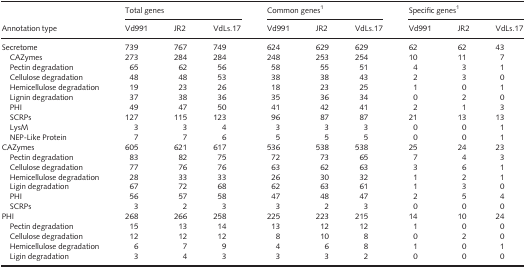
<table><thead><tr><td rowspan="2"><b>Annotation type</b></td><td colspan="3"><b>Total genes</b></td><td colspan="3"><b>Common genesa</b></td><td colspan="3"><b>Specific genesa</b></td></tr><tr><td><b>Vd991</b></td><td><b>JR2</b></td><td><b>VdLs.17</b></td><td><b>Vd991</b></td><td><b>JR2</b></td><td><b>VdLs.17</b></td><td><b>Vd991</b></td><td><b>JR2</b></td><td><b>VdLs.17</b></td></tr></thead><tbody><tr><td>Secretome</td><td>739</td><td>767</td><td>749</td><td>624</td><td>629</td><td>629</td><td>62</td><td>62</td><td>43</td></tr><tr><td>CAZymes</td><td>273</td><td>284</td><td>284</td><td>248</td><td>253</td><td>254</td><td>10</td><td>11</td><td>7</td></tr><tr><td>Pectin degradation</td><td>65</td><td>62</td><td>56</td><td>58</td><td>55</td><td>51</td><td>4</td><td>3</td><td>1</td></tr><tr><td>Cellulose degradation</td><td>48</td><td>48</td><td>53</td><td>38</td><td>38</td><td>43</td><td>2</td><td>3</td><td>0</td></tr><tr><td>Hemicellulose degradation</td><td>19</td><td>23</td><td>26</td><td>18</td><td>23</td><td>25</td><td>1</td><td>0</td><td>1</td></tr><tr><td>Lignin degradation</td><td>37</td><td>38</td><td>36</td><td>35</td><td>36</td><td>34</td><td>0</td><td>2</td><td>0</td></tr><tr><td>PHI</td><td>49</td><td>47</td><td>50</td><td>41</td><td>42</td><td>41</td><td>2</td><td>1</td><td>3</td></tr><tr><td>SCRPs</td><td>127</td><td>115</td><td>123</td><td>96</td><td>87</td><td>87</td><td>21</td><td>13</td><td>13</td></tr><tr><td>LysM</td><td>3</td><td>3</td><td>4</td><td>3</td><td>3</td><td>3</td><td>0</td><td>0</td><td>1</td></tr><tr><td>NEP‐Like Protein</td><td>7</td><td>7</td><td>6</td><td>5</td><td>5</td><td>5</td><td>0</td><td>0</td><td>1</td></tr><tr><td>CAZymes</td><td>605</td><td>621</td><td>617</td><td>536</td><td>538</td><td>538</td><td>25</td><td>24</td><td>23</td></tr><tr><td>Pectin degradation</td><td>83</td><td>82</td><td>75</td><td>72</td><td>73</td><td>65</td><td>7</td><td>4</td><td>3</td></tr><tr><td>Cellulose degradation</td><td>77</td><td>76</td><td>76</td><td>63</td><td>62</td><td>63</td><td>3</td><td>6</td><td>1</td></tr><tr><td>Hemicellulose degradation</td><td>28</td><td>33</td><td>33</td><td>26</td><td>30</td><td>32</td><td>1</td><td>2</td><td>1</td></tr><tr><td>Ligin degradation</td><td>67</td><td>72</td><td>68</td><td>62</td><td>63</td><td>61</td><td>1</td><td>3</td><td>0</td></tr><tr><td>PHI</td><td>56</td><td>57</td><td>58</td><td>47</td><td>48</td><td>47</td><td>2</td><td>5</td><td>4</td></tr><tr><td>SCRPs</td><td>3</td><td>2</td><td>3</td><td>3</td><td>2</td><td>3</td><td>0</td><td>0</td><td>0</td></tr><tr><td>PHI</td><td>268</td><td>266</td><td>258</td><td>225</td><td>223</td><td>215</td><td>14</td><td>10</td><td>24</td></tr><tr><td>Pectin degradation</td><td>15</td><td>13</td><td>14</td><td>13</td><td>12</td><td>12</td><td>1</td><td>0</td><td>0</td></tr><tr><td>Cellulose degradation</td><td>12</td><td>12</td><td>12</td><td>8</td><td>10</td><td>8</td><td>0</td><td>2</td><td>0</td></tr><tr><td>Hemicellulose degradation</td><td>6</td><td>7</td><td>9</td><td>4</td><td>6</td><td>8</td><td>1</td><td>0</td><td>1</td></tr><tr><td>Ligin degradation</td><td>3</td><td>4</td><td>3</td><td>3</td><td>3</td><td>2</td><td>0</td><td>0</td><td>0</td></tr></tbody></table>